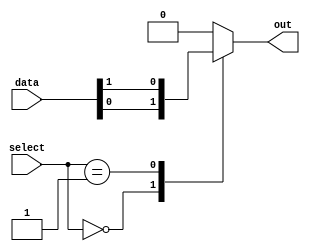
module mux64to1 (
    input [63:0] data,
    input [5:0] select,
    output reg out
);

always @(*) begin
    case(select)
        6'b000000: out = data[0];
        6'b000001: out = data[1];
        // Repeat for all 64 input lines
        // Example: 6'b111111: out = data[63];
        default: out = 0; // Default case
    endcase
end

endmodule